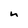
Character: n